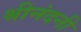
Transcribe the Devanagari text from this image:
श्रीनंदनी